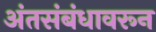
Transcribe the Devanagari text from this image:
अंतसंबंधावरून